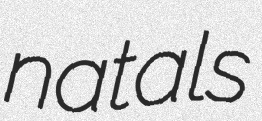
natals